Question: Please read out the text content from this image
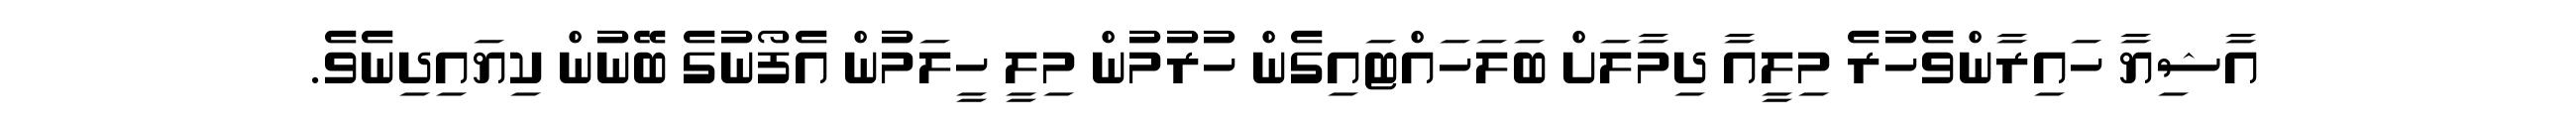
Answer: އާޝިޔާ ހައިރާންވެހުރެ މިލީއާ ދިމާލަށް ބަލަހައްޓައިގެން ހުރުމުން މިލީ ހީލަމުން އެފޯނުގެ ބޭނުން ކިޔައިދިނެވެ.